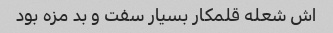
اش شعله قلمکار بسیار سفت و بد مزه بود